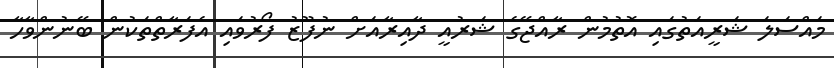
މައްސަލަ ޝަރީއަތުގައި އޮތުމުން ރާއްޖޭގެ ޝަރުއީ ދާއިރާއަށް ނުފޫޒު ފޯރުވައި އެފަރާތްތަކުން ބޭނުންވާހާ